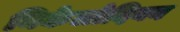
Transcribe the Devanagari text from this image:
निकेलोदियन